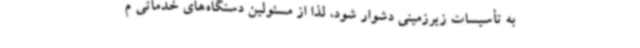
به تأسیسات زیرزمینی دشوار شود، لذا از مسئولین دستگاه‌های خدماتی م